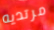
مرتديه